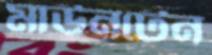
মাউনটেন